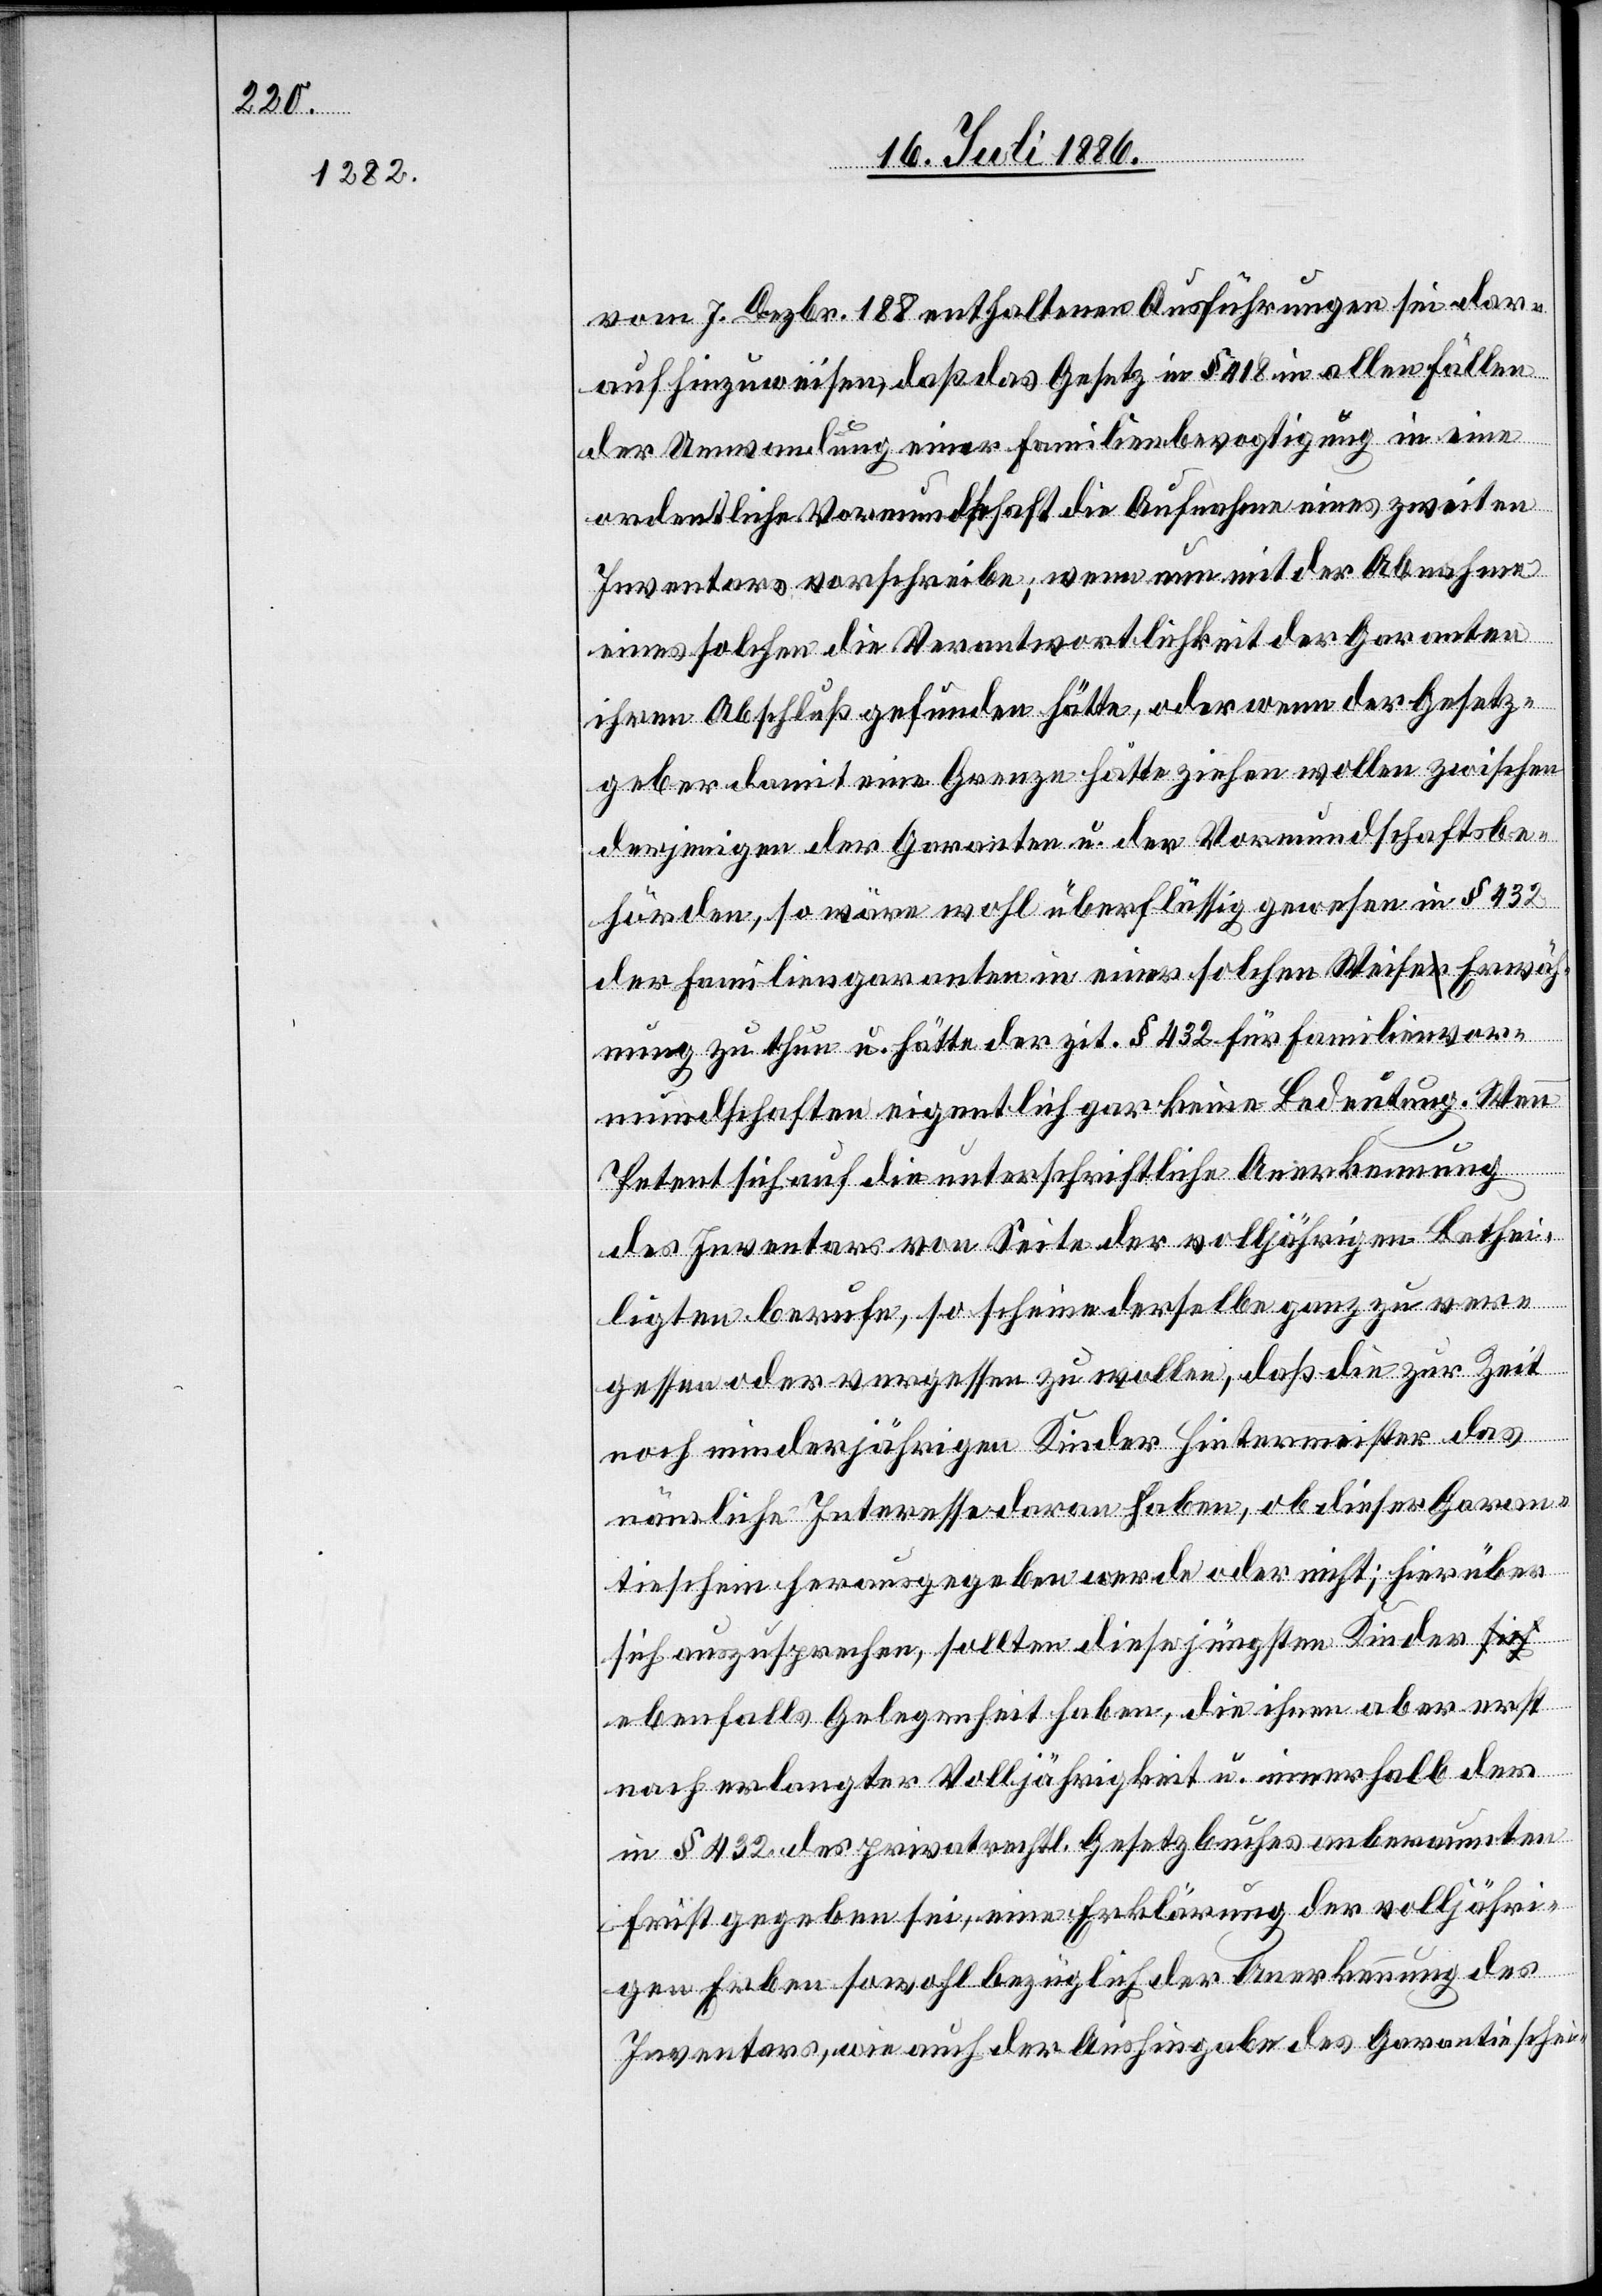
vom 7. Dezbr. 188 [sic!] enthaltenen Ausführungen sei dar¬
auf hinzuweisen, daß das Gesetz in § 418 in allen Fällen
der Umwandlung einer Familienbevogtigung in eine
ordentliche Vormundschaft die Aufnahme eines zweiten
Inventars vorschreibe; wenn nun mit der Abnahme
eines solchen die Verantwortlichkeit der Garanten
ihren Abschluß gefunden hätte, oder wenn der Gesetz¬
geber damit eine Grenze hätte ziehen wollen zwischen
derjenigen der Garanten u. der Vormundschaftsbe¬
hörden, so wäre wohl überflüssig gewesen in § 432
der Familiengaranten in einer solche Weise Erwäh¬
nung zu thun u. hätte der zit. § 432 für Familienvor¬
mundschaften eigentlich gar keine Bedeutung. Wen¬
n
Petent sich auf die unterschriftliche Anerkennung
des Inventars von Seite der volljährigen Bethei¬
ligten berufe, so scheine derselbe ganz zu ver¬
gessen oder vergessen zu wollen, daß die zur Zeit
noch minderjährigen Kinder Hintermeister das
nämliche Interesse daran haben, ob dieser Garan¬
tieschein herausgegeben werde oder nicht; hierüber
sich auszusprechen, sollten diese jüngsten Kinder e¬
benfalls Gelegenheit haben, die ihnen aber erst
nach erlangter Volljährigkeit u. innerhalb der
in § 432 des privatrechtl. Gesetzbuches anberaumten
First gegeben sei, eine Erklärung der volljähri¬
gen Erben sowohl bezüglich der Anerkennung des
Inventars, wie auch der Aushingabe des Garantieschei-